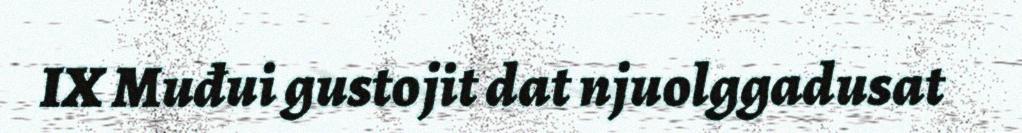
IX Muđui gustojit dat njuolggadusat